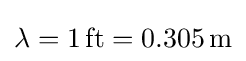
\lambda =1\,\mathrm {ft} =0.305\,\mathrm {m}